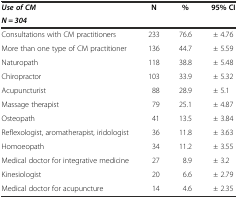
<table><thead><tr><td><b><i>Use of CM</i></b></td><td rowspan="2"><b>N</b></td><td rowspan="2"><b>%</b></td><td rowspan="2"><b>95% CI</b></td></tr><tr><td><b><i>N = 304</i></b></td></tr></thead><tbody><tr><td>Consultations with CM practitioners</td><td>233</td><td>76.6</td><td>± 4.76</td></tr><tr><td>More than one type of CM practitioner</td><td>136</td><td>44.7</td><td>± 5.59</td></tr><tr><td>Naturopath</td><td>118</td><td>38.8</td><td>± 5.48</td></tr><tr><td>Chiropractor</td><td>103</td><td>33.9</td><td>± 5.32</td></tr><tr><td>Acupuncturist</td><td>88</td><td>28.9</td><td>± 5.1</td></tr><tr><td>Massage therapist</td><td>79</td><td>25.1</td><td>± 4.87</td></tr><tr><td>Osteopath</td><td>41</td><td>13.5</td><td>± 3.84</td></tr><tr><td>Reflexologist, aromatherapist, iridologist</td><td>36</td><td>11.8</td><td>± 3.63</td></tr><tr><td>Homoeopath</td><td>34</td><td>11.2</td><td>± 3.55</td></tr><tr><td>Medical doctor for integrative medicine</td><td>27</td><td>8.9</td><td>± 3.2</td></tr><tr><td>Kinesiologist</td><td>20</td><td>6.6</td><td>± 2.79</td></tr><tr><td>Medical doctor for acupuncture</td><td>14</td><td>4.6</td><td>± 2.35</td></tr></tbody></table>